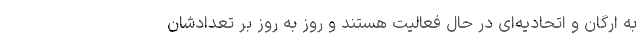
به ارگان و اتحادیه‌ای در حال فعالیت هستند و روز به روز بر تعدادشان